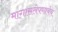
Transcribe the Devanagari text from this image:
मागासलेपणाचेच